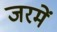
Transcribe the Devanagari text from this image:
जरमें